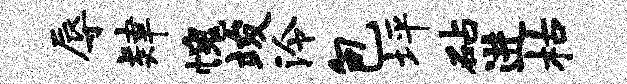
辱肄愧竣泠包坪砧进枯